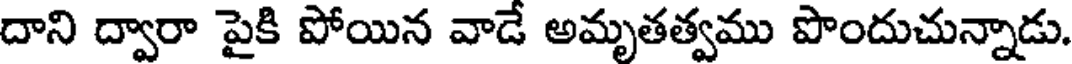
దాని ద్వారా పైకి పోయిన వాడే అమృతత్వము పొందుచున్నాడు.